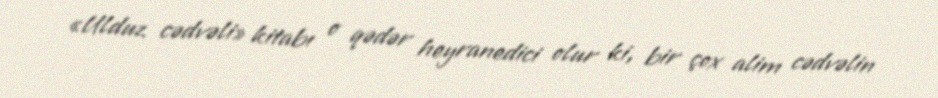
«Ulduz cədvəli» kitabı o qədər heyranedici olur ki, bir çox alim cədvəlin